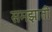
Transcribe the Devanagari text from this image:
समझातीं